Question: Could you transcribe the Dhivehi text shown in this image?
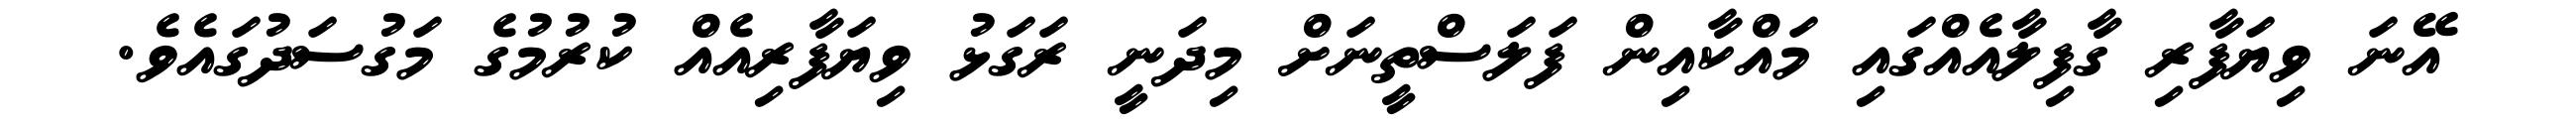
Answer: އޭނަ ވިޔަފާރި ގާފިލާއެއްގައި މައްކާއިން ފަލަސްތީނަށް މިދަނީ ރަގަޅު ވިޔަފާރިއެއް ކުރުމުގެ މަގުސަދުގައެވެ.